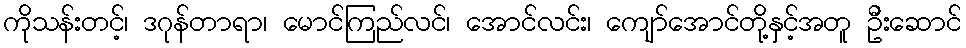
ကိုသန်းတင့်၊ ဒဂုန်တာရာ၊ မောင်ကြည်လင်၊ အောင်လင်း၊ ကျော်အောင်တို့နှင့်အတူ ဦးဆောင်